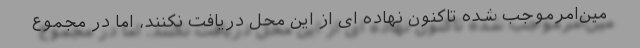
مین‌امر‌موجب شده تاکنون نهاده ای از این محل دریافت نکنند، اما در مجموع